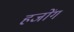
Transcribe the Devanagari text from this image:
हजोंग